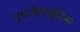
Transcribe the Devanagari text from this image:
एक्जेक्युटिभ